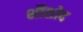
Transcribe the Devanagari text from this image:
शौंशोद